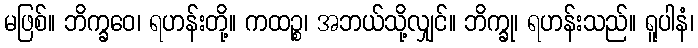
မဖြစ်။ ဘိက္ခဝေ၊ ရဟန်းတို့။ ကထဉ္စ၊ အဘယ်သို့လျှင်။ ဘိက္ခု၊ ရဟန်းသည်။ ရူပါနံ၊